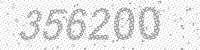
Solution: 356200